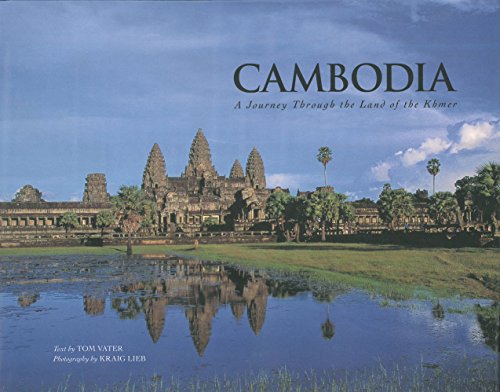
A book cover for Cambodia: A Journey through the Land of the Khmer; Kraig Lieb; Travel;